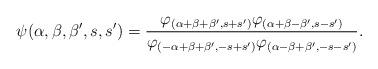
LaTeX: \begin{align*}\psi(\alpha,\beta,\beta',s,s')=\frac{ \varphi_{(\alpha+\beta+\beta',s+s') } \varphi_{(\alpha+\beta-\beta',s-s')}} {\varphi_{(-\alpha+\beta+\beta',-s+s')} \varphi_{(\alpha-\beta+\beta',-s-s')}}.\end{align*}